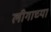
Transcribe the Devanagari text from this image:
लीगाच्या